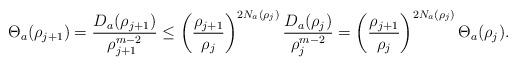
LaTeX: \begin{align*}\Theta_a(\rho_{j+1}) = \frac{D_a(\rho_{j+1})}{\rho_{j+1}^{m-2}} \leq \left( \frac{\rho_{j+1}}{\rho_{j}}\right)^{2N_a(\rho_{j})} \frac{D_a(\rho_{j})}{\rho_{j}^{m-2}}= \left( \frac{\rho_{j+1}}{\rho_{j}}\right)^{2N_a(\rho_{j})} \Theta_a(\rho_{j}).\end{align*}